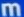
m